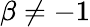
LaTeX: \beta\neq-1